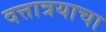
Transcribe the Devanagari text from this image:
दत्तात्रयाचा